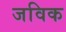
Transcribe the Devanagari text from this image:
जविक